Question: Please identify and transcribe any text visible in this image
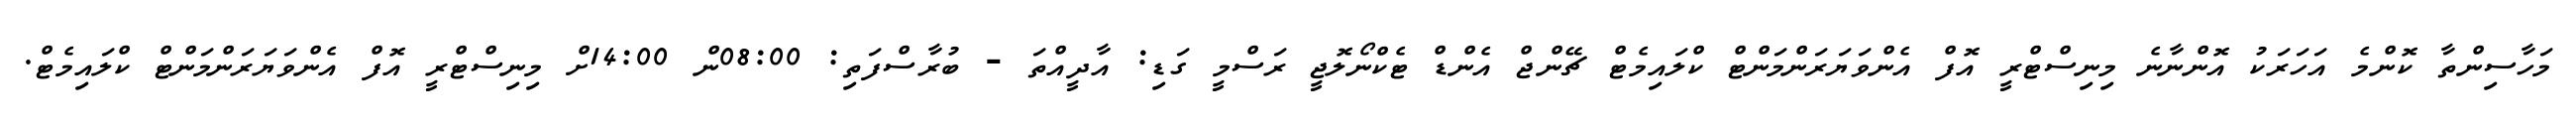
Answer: މަހާސިންތާ ކޮންމެ އަހަރަކު އޮންނާނެ މިނިސްޓްރީ އޮފް އެންވަޔަރަންމަންޓް ކްލައިމެޓް ޗޭންޖް އެންޑް ޓެކްނޯލޮޖީ ރަސްމީ ގަޑި: އާދީއްތަ - ބުރާސްފަތި: 08:00ން 14:00ށް މިނިސްޓްރީ އޮފް އެންވަޔަރަންމަންޓް ކްލައިމެޓް.